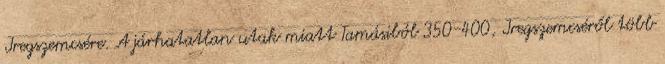
Iregszemcsére. A járhatatlan utak miatt Tamásiból 350-400, Iregszemcséről több